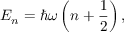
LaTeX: E _ { n } = \hbar \omega \left( n + { \frac { 1 } { 2 } } \right) ,